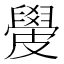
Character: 𥀣